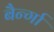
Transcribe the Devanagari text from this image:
बैर्न्गा